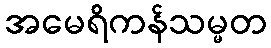
အမေရိကန်သမ္မတ